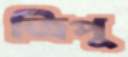
ত্রিপু